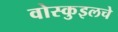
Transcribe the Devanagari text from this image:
वोस्कुइलचे